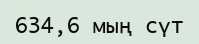
634,6 мың сүт